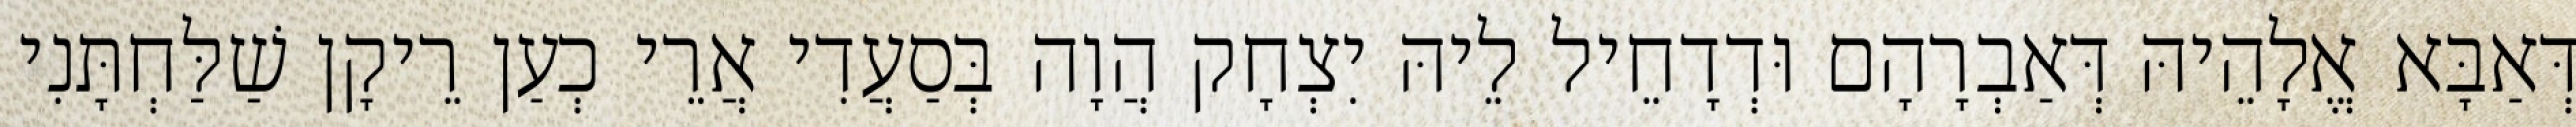
דְּאַבָּא אֱלָהֵיהּ דְּאַבְרָהָם וּדְדָחֵיל לֵיהּ יִצְחָק הֲוָה בְּסַעֲדִי אֲרֵי כְעַן רֵיקָן שַׁלַּחְתָּנִי